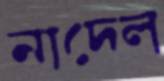
নাদেল